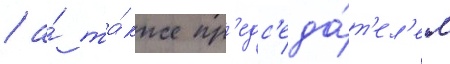
/ а́ та́кже пр'едс'еда́т'ел'ем